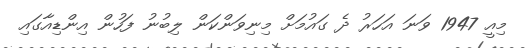
މިއީ 1947 ވަނަ އަހަރު ދެ ގައުމަށް މިނިވަންކަން ލިބުނު ފަހުން އިންޑިއާގައި